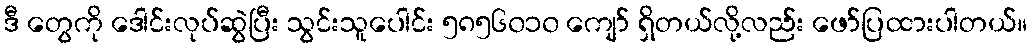
ဒီ တွေကို ဒေါင်းလုပ်ဆွဲပြီး သွင်းသူပေါင်း ၅၈၅၆၀၁၀ ကျော် ရှိတယ်လို့လည်း ဖော်ပြထားပါတယ်။